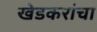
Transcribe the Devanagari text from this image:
खेडकरांचा